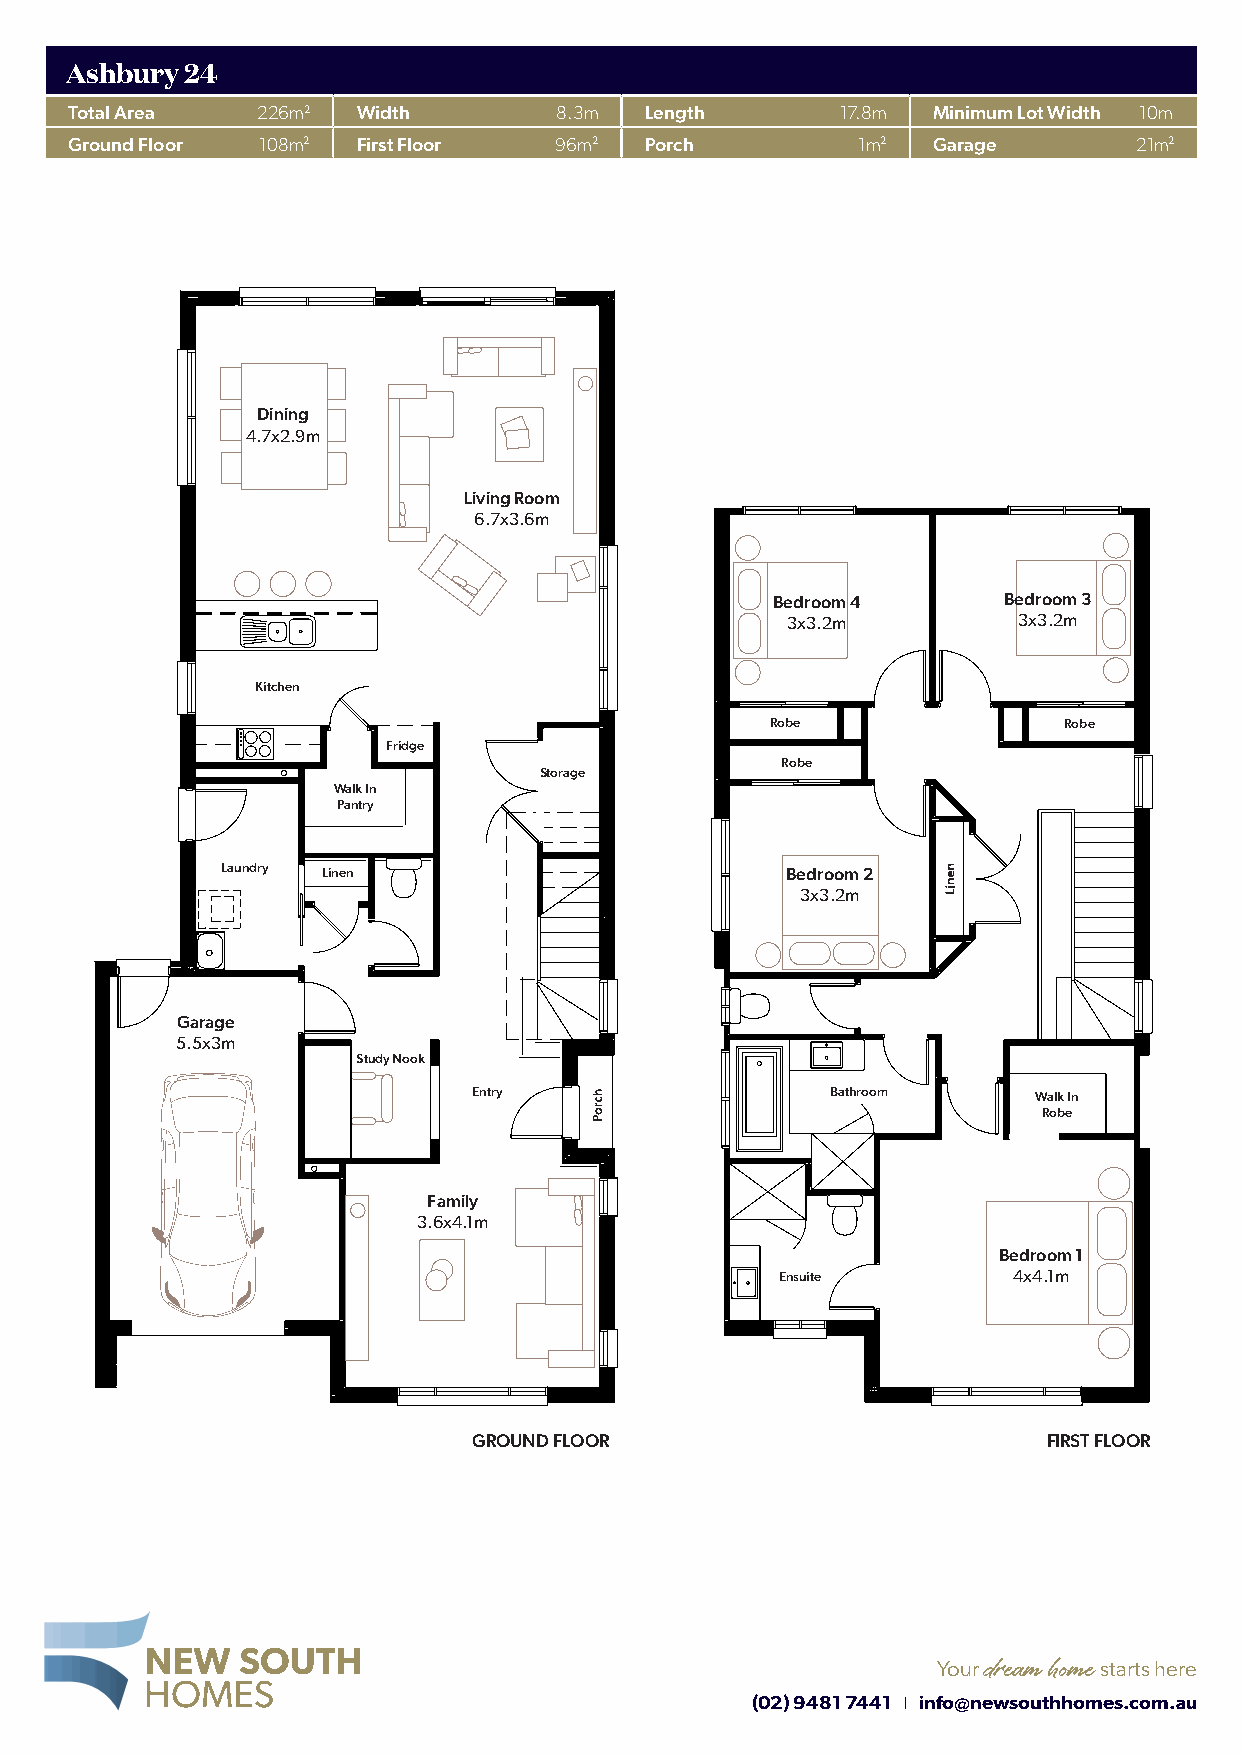
Ashbury 24
 Total Area  226m2  Width        8.3m  Length       17.8m Minimum Lot Width 10m
 Ground Floor 108m2 First Floor  96m2  Porch         1m2  Garage       21m2
 Dining          Dining
 4.7x2.9m        4.7x2.9m
 Living Room      Living Room
 6.7x3.6m        6.7x3.6m
 Bedroom 4      BeBderodoromo m3 4 Bedroom 3
 3x3.2m         3x33x.23m.2m     3x3.2m
 Kitchen          Kitchen
 Robe            Robe Robe           Robe
 Fridge           Fridge
 Robe            Robe
 Storage          Storage
 Walk In         Walk In
 Pantry          Pantry
 Laundry Linen  Laundry Linen                        Bedroom 2       Bedroom 2
 3x3.2m          3x3.2m
 Garage      Garage
 5.5x3m      5.5x3m
 Study Nook       Study Nook
 Entry           Entry                   Bathroom      Walk InBathroom Walk In
 Robe            Robe
 Family          Family
 3.6x4.1m         3.6x4.1m
 Bedroom 1        Bedroom 1
 Ensuite        4xE4ns.1umite    4x4.1m
 GROUND FLOOR    GROUND FLOOR                          FIRST FLOOR      FIRST FLOOR
 Your dream home starts here
 (02) 9481 7441 l info@newsouthhomes.com.au